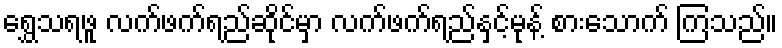
ရွှေသရဖူ လက်ဖက်ရည်ဆိုင်မှာ လက်ဖက်ရည်နှင့်မုန့် စားသောက် ကြသည်။